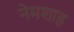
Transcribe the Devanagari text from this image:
नेमशाह